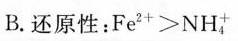
B. 还原性：Fe^{2+} > NH_{4}^{+}